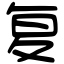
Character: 复